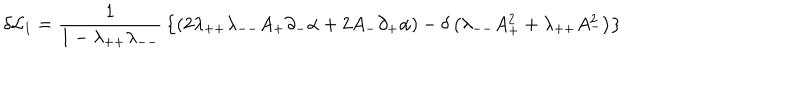
LaTeX: \delta { \cal L } _ { 1 } = { \frac { 1 } { 1 - \lambda _ { + + } \lambda _ { -- } } } \left\{ \left( 2 \lambda _ { + + } \lambda _ { -- } A _ { + } \partial _ { - } \alpha + 2 A _ { - } \partial _ { + } \alpha \right) - \delta \left( \lambda _ { -- } A _ { + } ^ { 2 } + \lambda _ { + + } A _ { - } ^ { 2 } \right) \right\}